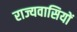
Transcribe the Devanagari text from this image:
राज्यवासियों